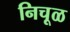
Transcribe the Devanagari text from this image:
निचूळ